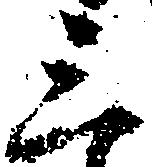
三